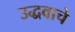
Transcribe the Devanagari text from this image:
उद्धवाचे